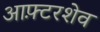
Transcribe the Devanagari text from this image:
आफ़्टरशेव